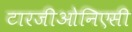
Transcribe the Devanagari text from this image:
टारजीओनिएसी